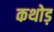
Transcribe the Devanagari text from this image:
कथोड़